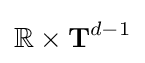
\mathbb {R} \times \mathbf {T} ^{d-1}